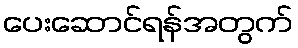
ပေးဆောင်ရန်အတွက်